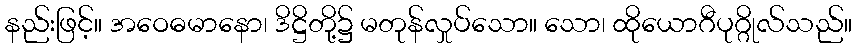
နည်းဖြင့်။ အဝေဓမာနော၊ ဒိဋ္ဌိတို့၌ မတုန်လှုပ်သော။ သော၊ ထိုယောဂီပုဂ္ဂိုလ်သည်။